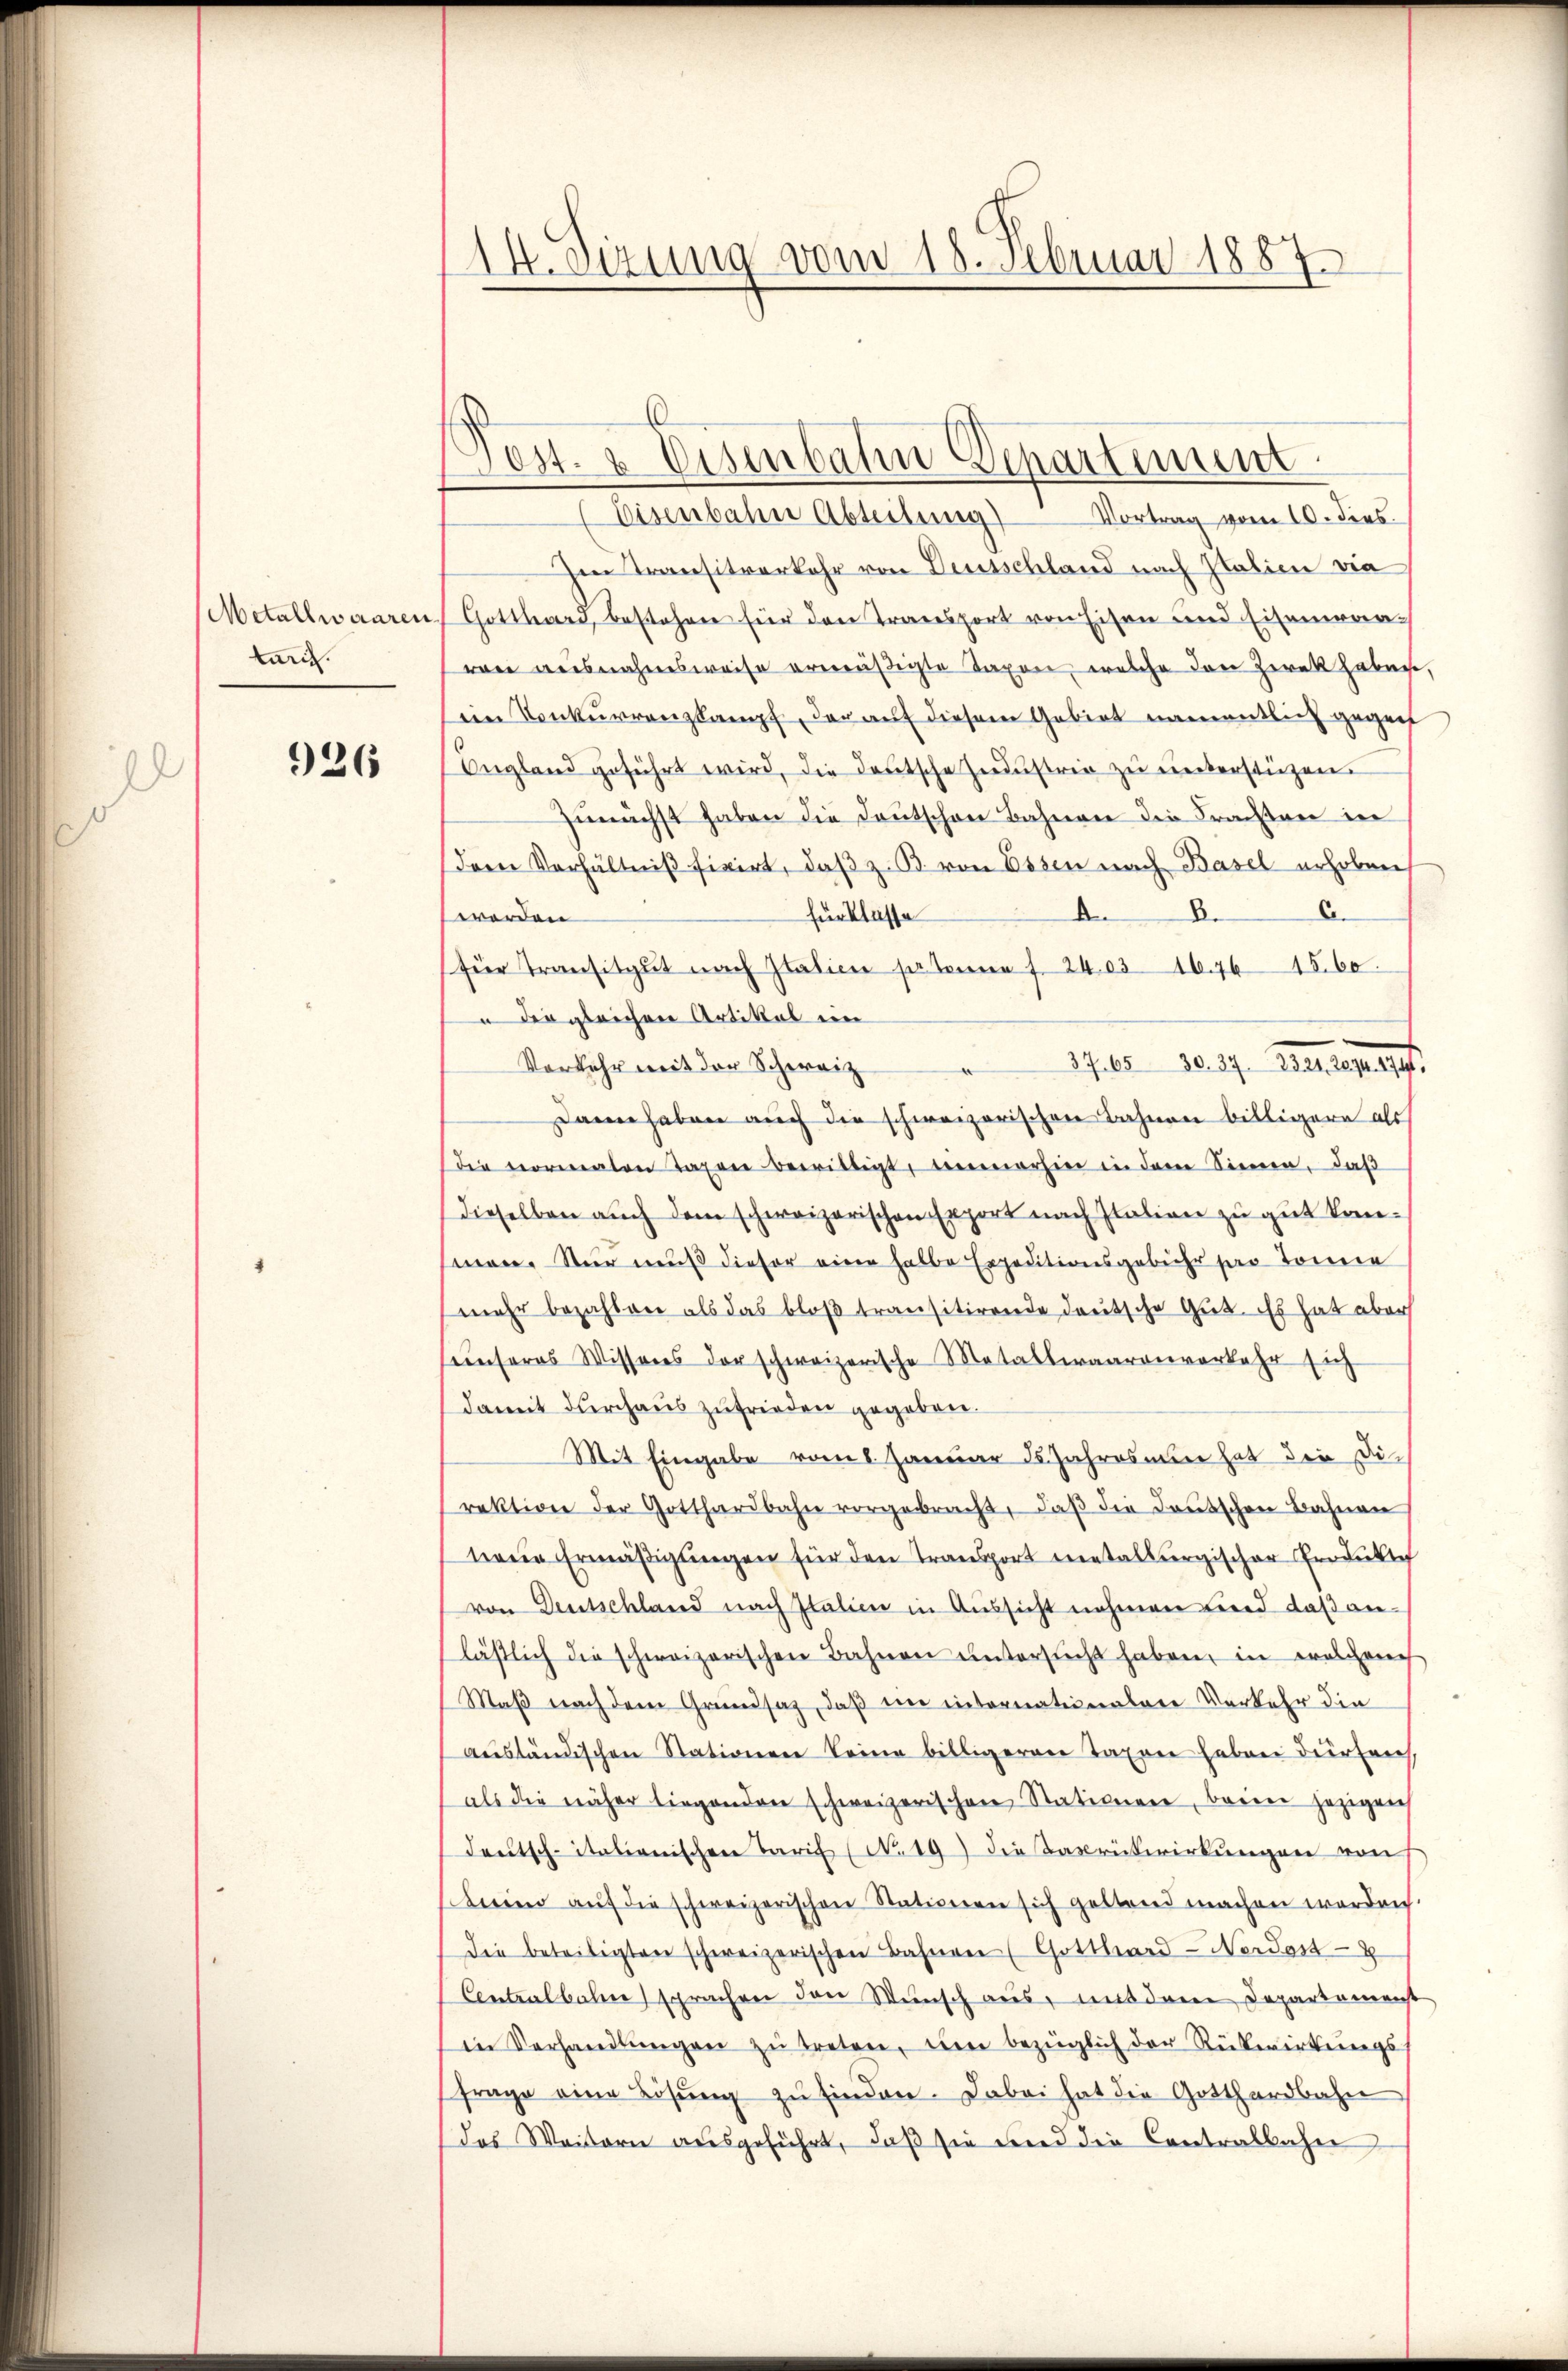
Metallwaaren
tar.

926

14. Sizung vom 18. Februar 1887

est. & Eisenbahne Departement
Eisenbahn Abteilung) Vortrag vom 10. dies
Im Transitverkehr von Deutschland nach Salien vie
Gotthard, bestehen für den Transport von Eisen und Eisenavon ausnahmsweise ermäßigte Taxen, welche den Zweck haben,
ein Konkurrenzkampf, der auf diesem Gebiet namentlich gegen
England geführt wird, die deutsche Industrie zu unterstützen.
zŭnächst haben die Deutschen Bahnen die Franken in
der Verhältniβ fixirt, daβ z. B. von Essen nach Basel erhoben
A.
für klasse
A
werden
für Transitgut nach Italien so könne f. 24,031676 1560.
 der gleichen Artikel in
17 65 - 10. 27. Beylegungs
Vorkehr mit der Schweiz
Dann haben auch die schweizerischen Bahnen billigern als
Die vormalen Taxen bewilligt, bemerhin in dem Sinnen, daβ
dieselben auch dem schweizerischen Export nach Italien zu gut konmen. Nur muß dieser eine halbe Expeditionsgebühr per Tonne
mehr bezahlen als das bloß transitirende deutsche Gut. Es hat aber
unseres Wissens der schweizerische Metallwaarenverkehr sich
damit durchaus zufrieden gegeben.
Mit Eingabe vom 6. Januar 15. Jahresmen hat die Direktion der Gotthardbahn vorgebracht, daβ die Daŭtschen Bahnen
tere Ermäßigungen für den Transport metalbergischer Produkt
von Deutschland nach Italien in Aussicht nehmen wird daß anlästlich die schweizerischen Bahnen untersucht haben, in welchench
Maß nach dem Grundsatz, daß ein internationalere Verkehr die
ausländischen Stationen keine billigeren Taxen haben duerfrech
als die näher liegenden schweizerischen Stationen, beim jezigen
deutsch-itationischen Tarif (No. 19) Die Taxrükwirkungen von
teien aŭf die schweizerischen Stationen sich geltend machen worden
die beteiligten schweizerischen Bahnen (Gotthard-Nerdost
Centralbahne sprachen den Wunsch aus, mit dem Departamenst
in Vorhandlŭngen zŭ treten, um bezüglich der Rückwirkŭngs-
frage eine Lösŭng zŭ finden. Dabei hat die Gotthardbahn
das Waisern ausgeführt, daß sie wird die Contralbahn